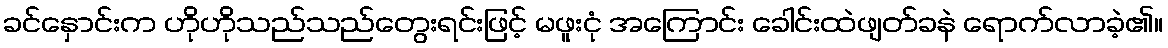
ခင်နှောင်းက ဟိုဟိုသည်သည်တွေးရင်းဖြင့် မဖူးငုံ အကြောင်း ခေါင်းထဲဖျတ်ခနဲ ရောက်လာခဲ့၏။